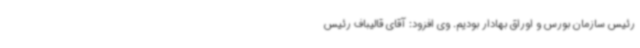
رئیس سازمان بورس و اوراق بهادار بودیم. وی افزود: آقای قالیباف رئیس